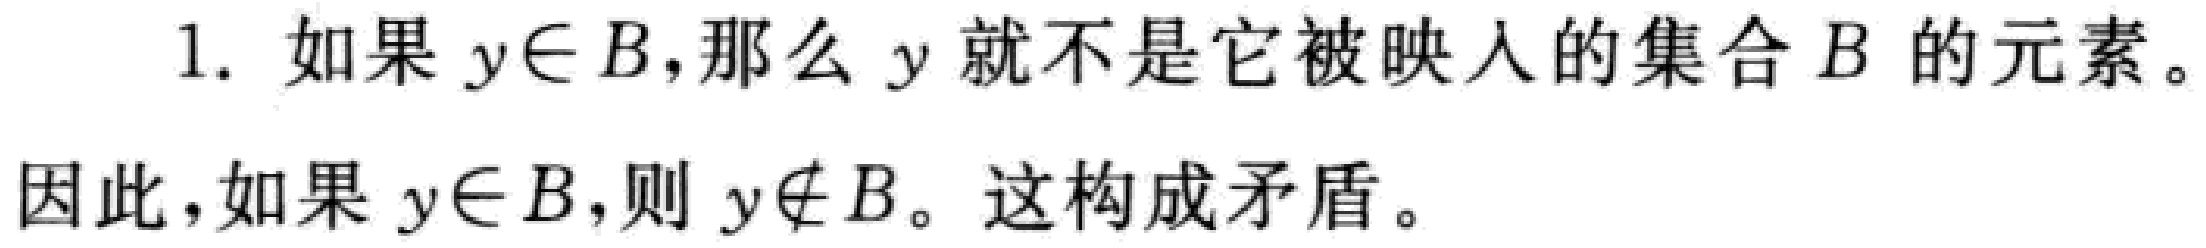
1. 如果 \(y\in B\)，那么 \(y\) 就不是它被映入的集合 \(B\) 的元素。
因此，如果 \(y\in B\)，则 \(y\notin B\)。这构成矛盾。